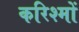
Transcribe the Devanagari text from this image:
करिश्मों